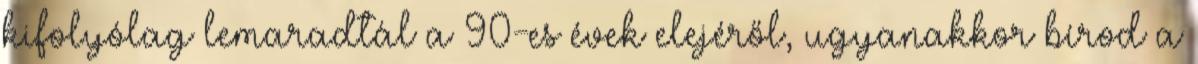
kifolyólag lemaradtál a 90-es évek elejéről, ugyanakkor bírod a